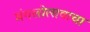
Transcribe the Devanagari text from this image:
मंगलोत्सवाचा